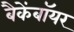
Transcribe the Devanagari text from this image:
बैकेंबॉयर